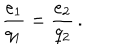
LaTeX: \frac { e _ { 1 } } { q _ { 1 } } = \frac { e _ { 2 } } { q _ { 2 } } \, .